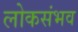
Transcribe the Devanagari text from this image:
लोकसंभव